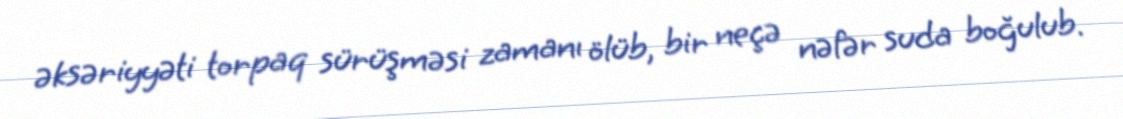
əksəriyyəti torpaq sürüşməsi zamanı ölüb, bir neçə nəfər suda boğulub.